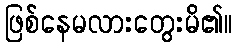
ဖြစ်နေမလားတွေးမိ၏။